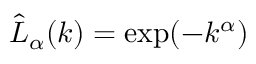
\hat { L } _ { \alpha } ( k ) = \exp ( - k ^ { \alpha } )